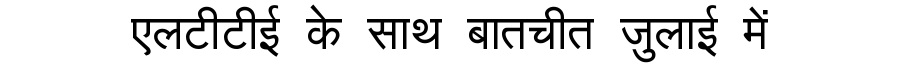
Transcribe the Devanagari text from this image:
एलटीटीई के साथ बातचीत जुलाई में